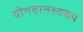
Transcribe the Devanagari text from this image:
योगदानस्वरुप